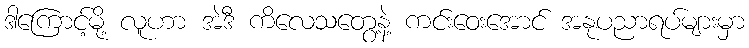
ဒါကြောင့်မို့ လူဟာ အဲဒီ ကိလေသတွေ့နဲ့ ကင်းဝေးအောင် အနုပညာရပ်များမှာ